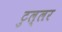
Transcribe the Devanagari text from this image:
टुल्लर